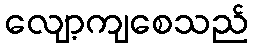
လျော့ကျစေသည်